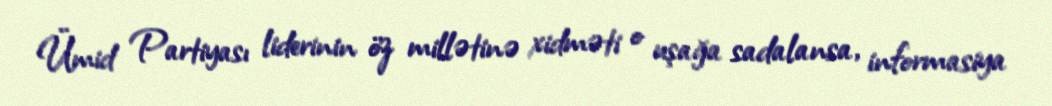
Ümid Partiyası liderinin öz millətinə xidməti o uşağa sadalansa, informasiya